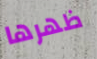
ظهرها